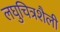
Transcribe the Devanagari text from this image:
लघुचित्रशैली